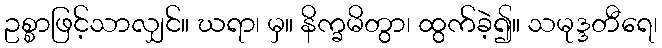
ဥစ္စာဖြင့်သာလျှင်။ ဃရာ၊ မှ။ နိက္ခမိတွာ၊ ထွက်ခဲ့၍။ သမုဒ္ဒတီရေ၊